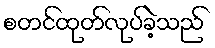
စတင်ထုတ်လုပ်ခဲ့သည်